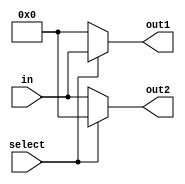
module DEMUX1to2_8bit (in,select,out1,out2);

parameter N = 8; // default width
input select;
//input en,clk,reset_n;
input [N-1:0] in;
output reg [N-1:0] out1, out2;
//wire [N-1:0]odd;
//DFF_en odd_dff(en,clk,reset_n, odd, out1);
always @(select or in) 
begin
 if (select == 1) out1 = in; else out1 = {N{1'b0}};
 if (select == 0) out2 = in; else out2 = {N{1'b0}};
end
/*always @(select or in) 
begin
 if (select == 1) out2 = in; else out2 = {N{1'b0}};
 if (select == 0) odd = in; else odd = {N{1'b0}};
end*/

endmodule